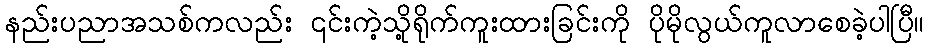
နည်းပညာအသစ်ကလည်း ၎င်းကဲ့သို့ရိုက်ကူးထားခြင်းကို ပိုမိုလွယ်ကူလာစေခဲ့ပါပြီ။